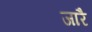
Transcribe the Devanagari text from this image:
जारै